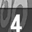
Digit: 4